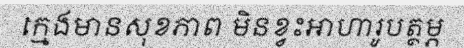
ក្មេងមានសុខភាព មិនខ្វះអាហារូបត្ថម្ភ